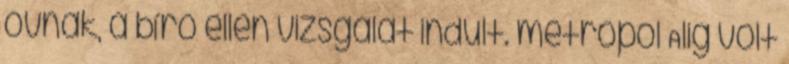
óvnak, a bíró ellen vizsgálat indult. metropol Alig volt